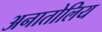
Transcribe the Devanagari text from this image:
अनातोलिय